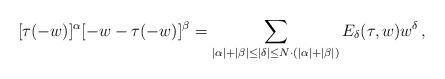
LaTeX: \begin{align*}[\tau(- w)]^\alpha [ - w - \tau(- w)]^\beta = \sum_{|\alpha|+|\beta|\le|\delta | \le N\cdot(|\alpha| + |\beta|)} E_\delta(\tau,w) w^\delta\,,\end{align*}